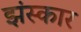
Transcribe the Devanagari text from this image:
झंस्कार